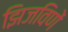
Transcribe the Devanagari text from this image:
झिजविणें